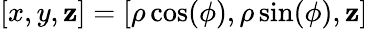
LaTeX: [x,y,\mathbf{z}]=[\rho\cos(\phi),\rho\sin(\phi),\mathbf{z}]